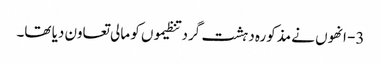
3- انھوں نے مذکورہ دہشت گرد تنظیموں کو مالی تعاون دیا تھا۔